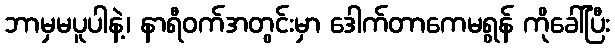
ဘာမှမပူပါနဲ့၊ နာရီဝက်အတွင်းမှာ ဒေါက်တာကေမရွန် ကိုခေါ်ပြီး